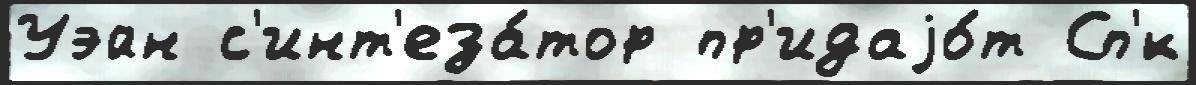
Уэйн с'инт'еза́тор пр'идаjо́т Сп'́к